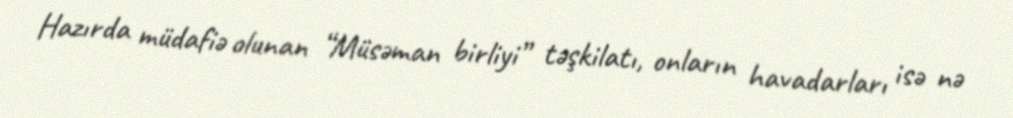
Hazırda müdafiə olunan “Müsəman birliyi” təşkilatı, onların havadarları isə nə